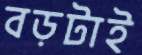
বড়টাই